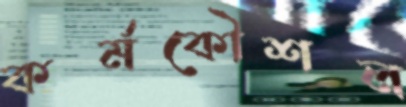
কর্মকৌশল